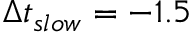
\Delta t _ { s l o w } = - 1 . 5